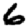
Digit: 6